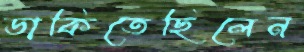
ডাকিতেছিলেন